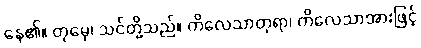
နေ၏။ တုမှေ၊ သင်တို့သည်။ ကိလေသာတုရာ၊ ကိလေသာအားဖြင့်